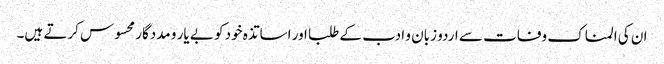
ان کی المناک وفات سے اردو زبان و ادب کے طلبا اور اساتذہ خود کو بے یار و مددگار محسوس کرتے ہیں۔